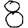
Digit: 8